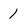
Character: 1